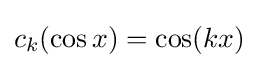
c_{k}(\cos x)=\cos(kx)